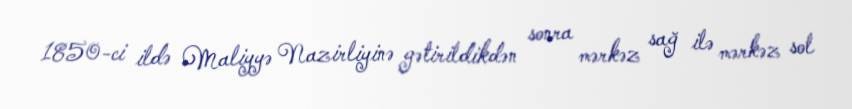
1850-ci ildə Maliyyə Nazirliyinə gətirildikdən sonra mərkəz sağ ilə mərkəz sol